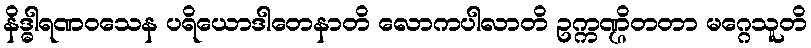
နိဒ္ဓါရဏဝသေန ပရိယောဒါတေနာတိ လောကပါလာတိ ဥက္ကဏ္ဌိတတာ မဂ္ဂေသူတိ